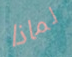
لماذا